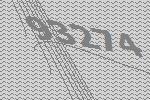
93274